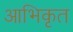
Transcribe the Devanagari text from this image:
आभिकृत